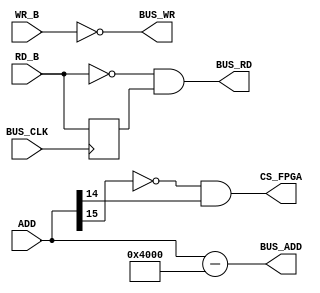
module fx2_to_bus #(
    parameter                   WIDTH = 16 // 16 bit bus from FX2
) (
    input wire [WIDTH-1:0]      ADD,
    input wire                  RD_B, // neg active, two clock cycles
    input wire                  WR_B, // neg active

    input wire                  BUS_CLK, // FCLK
    output wire [WIDTH-1:0]     BUS_ADD,
    output wire                 BUS_RD,
    output wire                 BUS_WR,
    output wire                 CS_FPGA
);

// remove offset from FX2
assign BUS_ADD = ADD - 16'h4000;

// chip select FPGA
assign CS_FPGA = ~ADD[15] & ADD[14];

// generate read strobe which one clock cycle long
// this is very important to prevent corrupted data
reg RD_B_FF;
always @(posedge BUS_CLK) begin
    RD_B_FF <= RD_B;
end
assign BUS_RD = ~RD_B & RD_B_FF;

assign BUS_WR = ~WR_B;

endmodule